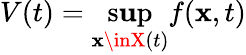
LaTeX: V(t)=\operatorname*{s\mathbf{u}p}_{\mathbf{x}\inX\left(t\right)}f(\mathbf{x},t)